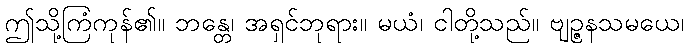
ဤသို့ကြံကုန်၏။ ဘန္တေ၊ အရှင်ဘုရား။ မယံ၊ ငါတို့သည်။ ဗျဉ္ဇနသမယေ၊